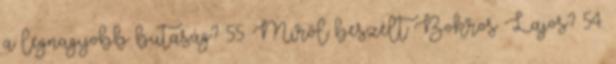
a legnagyobb butaság? 55. Miről beszélt Bokros Lajos? 54.